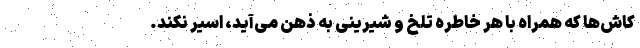
کاش‌ها که همراه با هر خاطره تلخ و شیرینی به ذهن می‌آید، اسیر نکند.